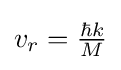
{\textstyle v_{r}={\frac {\hbar k}{M}}}